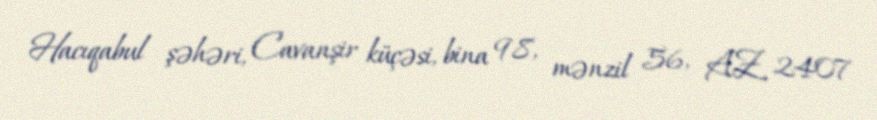
Hacıqabul şəhəri, Cavanşir küçəsi, bina 98, mənzil 56, AZ 2407